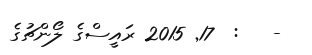
-   :  17